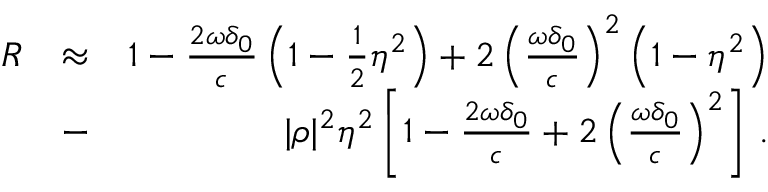
\begin{array} { r l r } { R } & { \approx } & { 1 - \frac { 2 \omega \delta _ { 0 } } { c } \left( 1 - \frac { 1 } { 2 } \eta ^ { 2 } \right) + 2 \left( \frac { \omega \delta _ { 0 } } { c } \right) ^ { 2 } \left( 1 - \eta ^ { 2 } \right) } \\ & { - } & { | \rho | ^ { 2 } \eta ^ { 2 } \left[ 1 - \frac { 2 \omega \delta _ { 0 } } { c } + 2 \left( \frac { \omega \delta _ { 0 } } { c } \right) ^ { 2 } \right] \, . } \end{array}